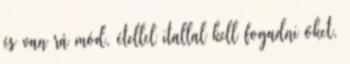
és van rá mód, étellel itallal kell fogadni őket,